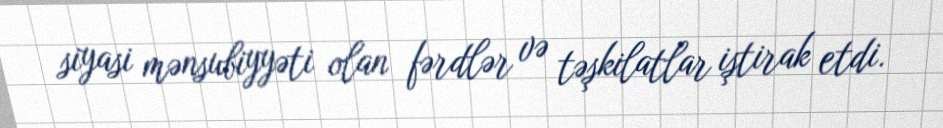
siyasi mənsubiyyəti olan fərdlər və təşkilatlar iştirak etdi.